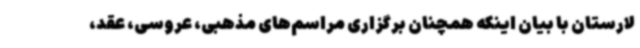
لارستان با بیان اینکه همچنان برگزاری مراسم‌های مذهبی، عروسی، عقد،